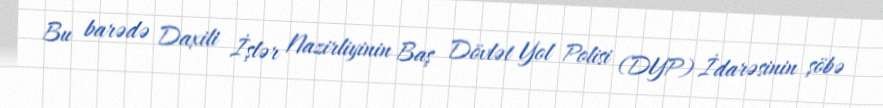
Bu barədə Daxili İşlər Nazirliyinin Baş Dövlət Yol Polisi (DYP) İdarəsinin şöbə